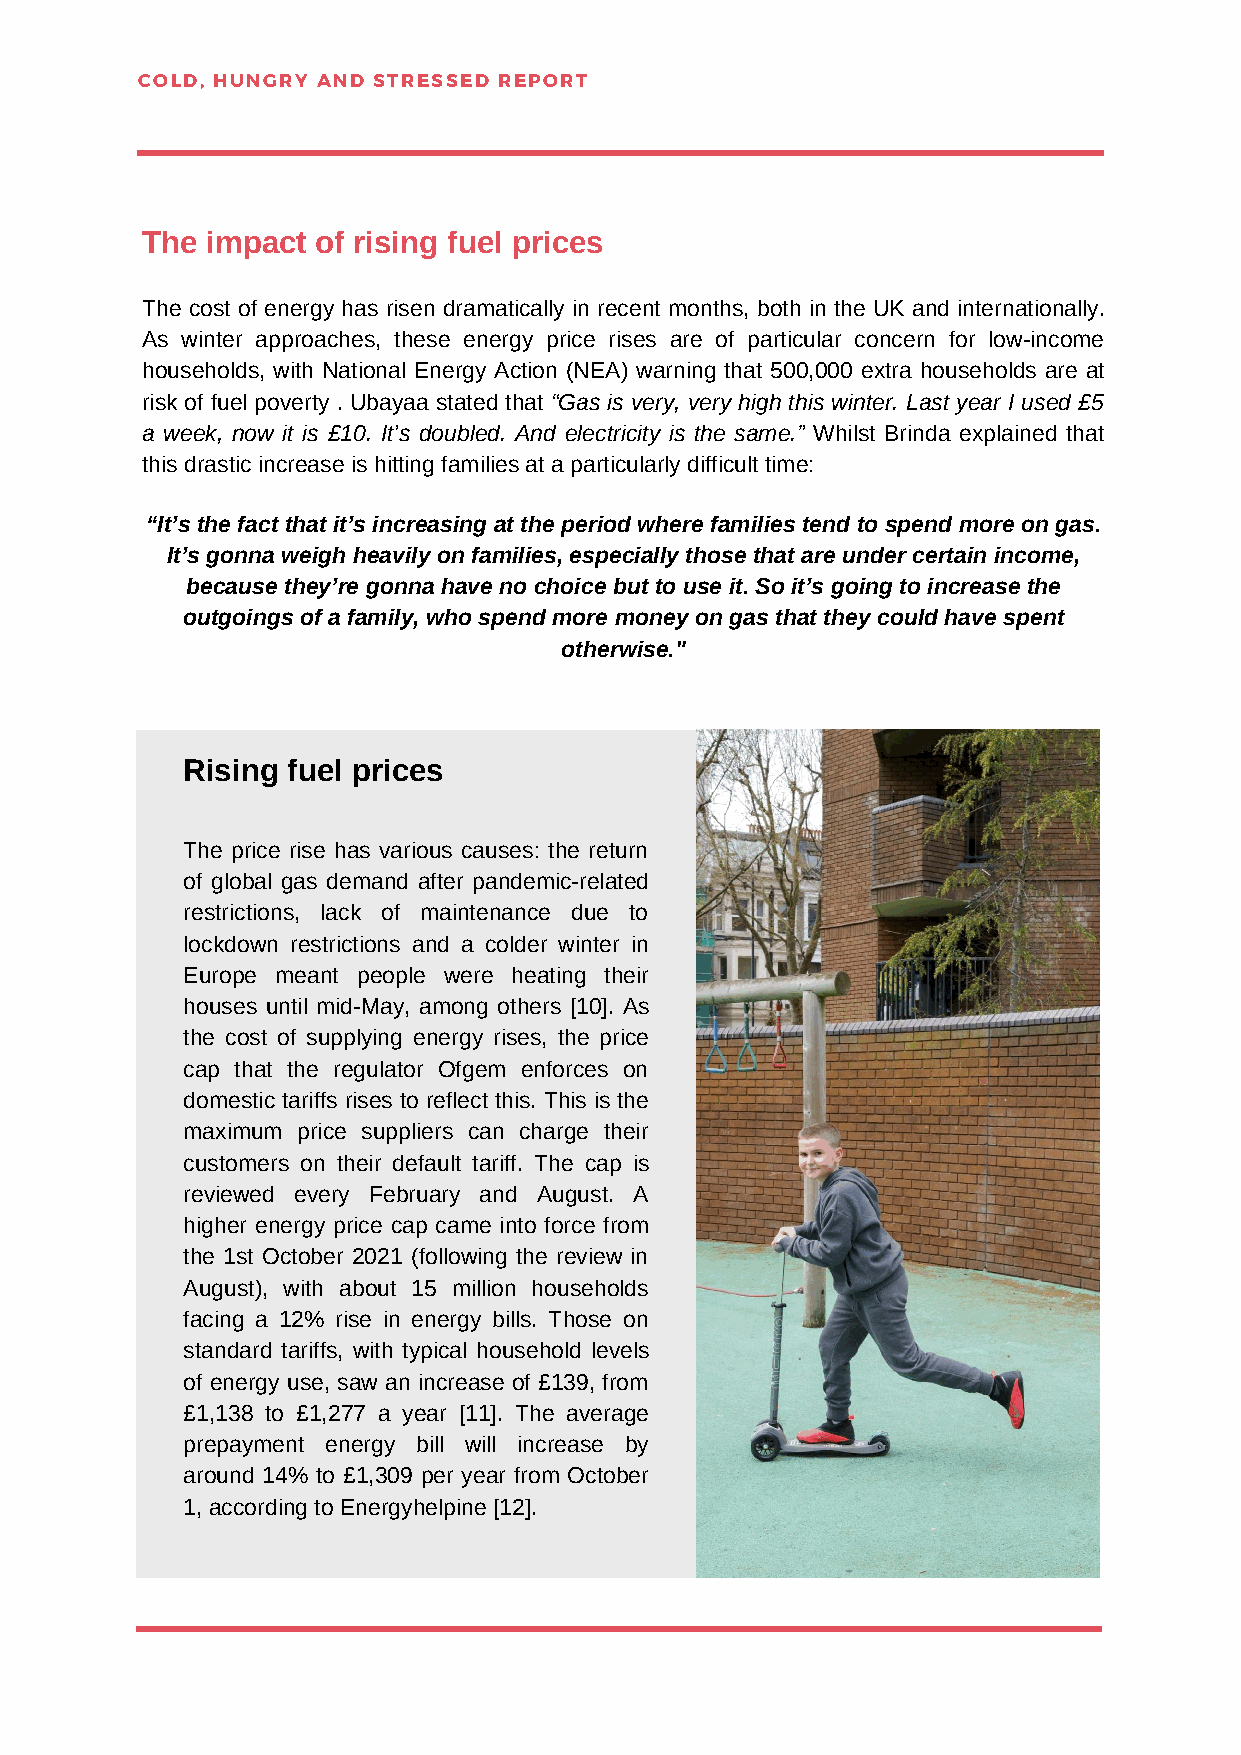
COLD, HUNGRY AND STRESSED REPORT
 The  impact of rising fuel prices
 The cost of energy has risen dramatically in recent months, both in the UK and internationally.
 As winter approaches, these energy price rises are of particular concern for low-income
 households, with National Energy Action (NEA) warning that 500,000 extra households are at
 risk of fuel poverty . Ubayaa stated that “Gas is very, very high this winter. Last year I used £5
 a week, now it is £10. It’s doubled. And electricity is the same.” Whilst Brinda explained that
 this drastic increase is hitting families at a particularly difficult time:
 “It’s the fact that it’s increasing at the period where families tend to spend more on gas.
 It’s gonna weigh heavily on families, especially those that are under certain income,
 because they’re gonna have no choice but to use it. So it’s going to increase the
 outgoings of a family, who spend more money on gas that they could have spent
 otherwise."
 Rising fuel prices
 The price rise has various causes: the return
 of global gas demand after pandemic-related
 restrictions, lack of maintenance due to
 lockdown restrictions and a colder winter in
 Europe meant people were heating their
 houses until mid-May, among others [10]. As
 the cost of supplying energy rises, the price
 cap that the regulator Ofgem enforces on
 domestic tariffs rises to reflect this. This is the
 maximum price suppliers can charge their
 customers on their default tariff. The cap is
 reviewed every February and August. A
 higher energy price cap came into force from
 the 1st October 2021 (following the review in
 August), with about 15 million households
 facing a 12% rise in energy bills. Those on
 standard tariffs, with typical household levels
 of energy use, saw an increase of £139, from
 £1,138 to £1,277 a year [11]. The average
 prepayment energy bill will increase by
 around 14% to £1,309 per year from October
 1, according to Energyhelpine [12].